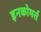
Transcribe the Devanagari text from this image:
इनकोमर्स